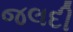
જલદી